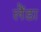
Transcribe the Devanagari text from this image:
लैंडा